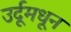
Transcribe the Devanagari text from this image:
उर्दूमधून